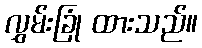
လွှမ်းခြုံ ထားသည်။